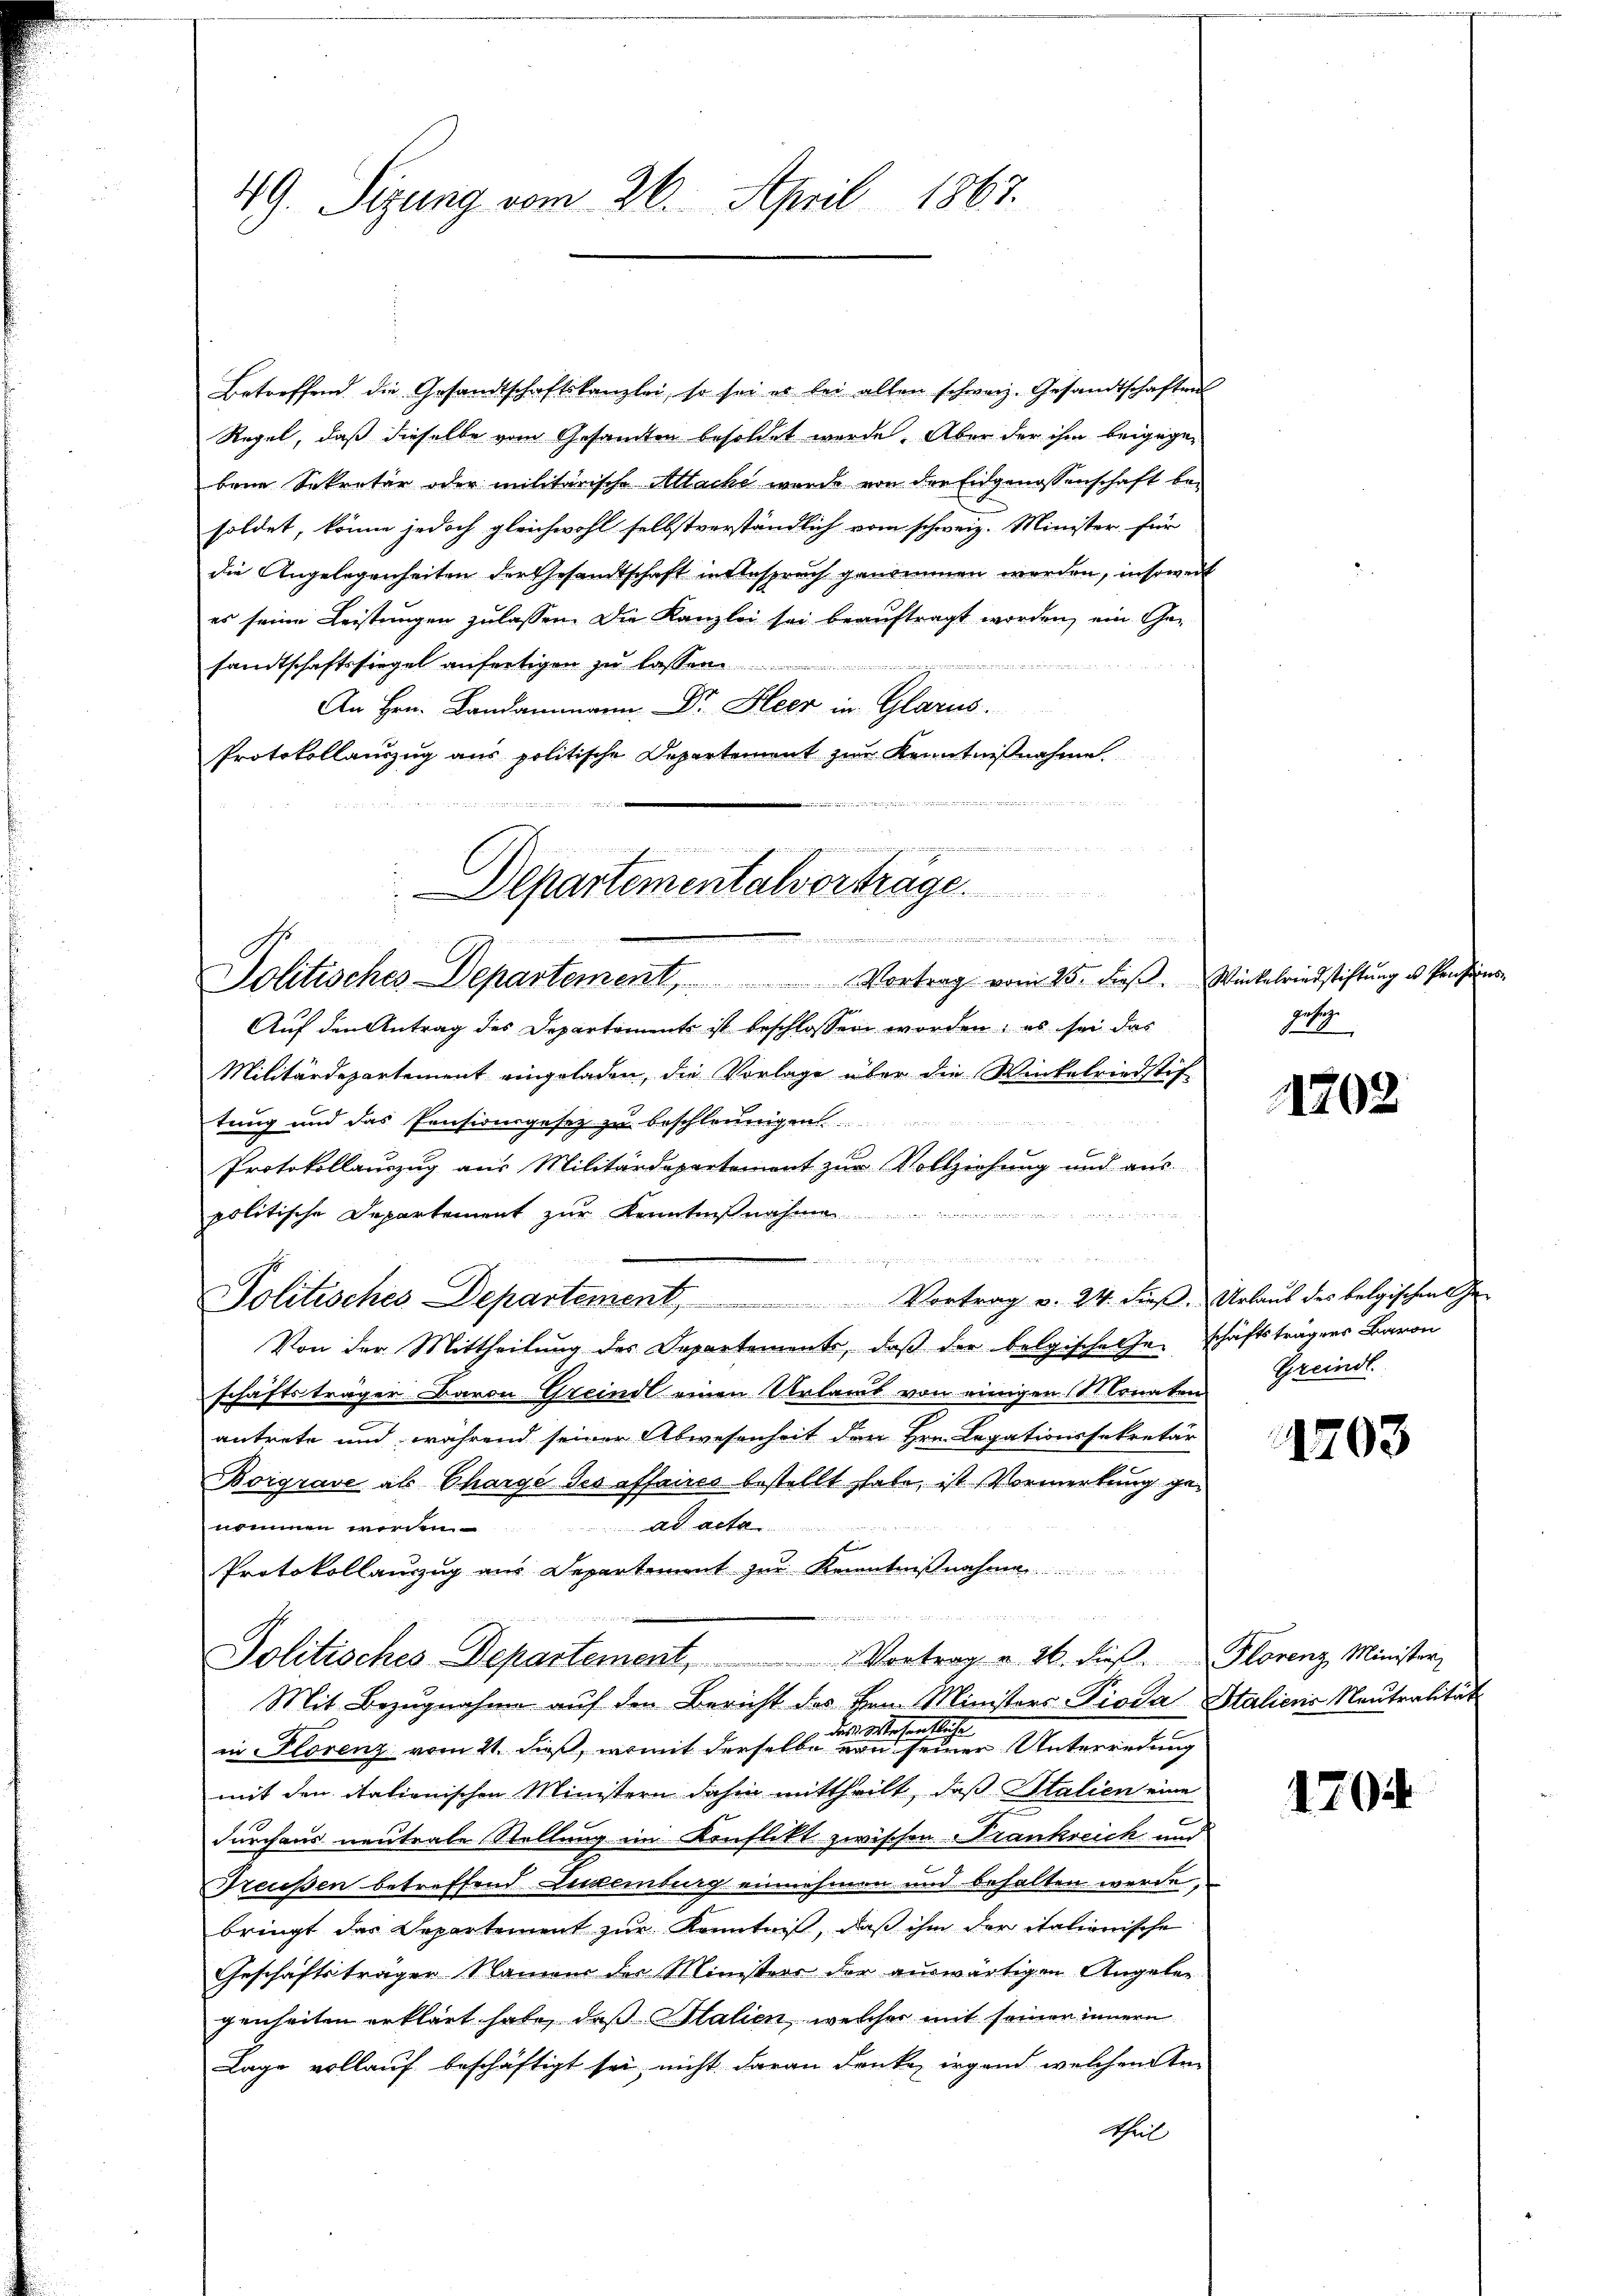
Betreffend die Gesandtschaftskanzlei, so sei es bei allen schweiz. Gesandtschaften
Regel, daß dieselbe vom Gesamten besoldet werde. Aber der ihm beigegebene Sekretär oder militärische Altache wurde von der Eidgenossenschaft besoldet, könne jedoch gleichwohl selbstverständlich vom schweiz. Minister für
die Angelegenheiten der Gesandtschaft in Anspruch genommen werden, insoweit
es seine Leistungen zulassen. Die Kanzlei sei beauftragt worden, ein Genritt einen
sandtschaftssiegel anfertigen zu lassen
An Hrn. Landammann. Dr. Heer in Glarus.
Protokollauszug aus politische Departement zur Kenntnißnahme

Departementalvortrage

Politisches Departement, Vortrag vom 25. dieβ. Winkelriedstiftŭng u. Pension

49. Seizung vom 26. April 1867.

Auf den Antrag des Departements ist beschlossen worden; es sei das
Militärdepartement eingeladen, die Vorlage über die Winkelriedstif
tung und das Pensionsgesez zu beschleunigen
Protokollauszug aus Militärdepartement zur Vollziehung und aus
teuerten hat und 2 Faden Bern u
politische Departement zur Kenntnisnahme

Politisches Departement, Vortrag u. 24. dieβ. Urlaŭb des belgischen Ge-
Von der Mittheilung des Departements, daß der belgische Geschäftsträgers Baron
schäftsträger Baron Greindl einen Urlaut von einigen Monaten Greind
antrete und während seiner Abwesenheit den Hrn. Legationssekretär
Borgrave als Chargé des affaires bestellt habe, ist Vormerkung ge¬
Ad acte
nommen werden.
3
Protokollanzug aus Departement zur Kenntnißnahme
Politisches Departement, Vortrag u. 26. dieβ. Florenz Minister
Mit Bezugnahme auf den Bericht des Hrn. Ministers-Pioda Italienis Neutralität
das Wesentliche
in Plorenz vom 21. dieß, womit derselbe von seiner Unterredung
mit den italienischen Ministern dahin mittheilt, daß Stalien eine
durchaus neutrale Stellung im Konflikt zwischen Trankreich und
Breußen betreffend Luxenburg einnehmen und behalten werde,
bringt der Departement zur Kenntniß, daß ihm der italienische
Geschäftsträger Namens der Ministers der auswärtigen Angelen
genheiten erklärt habe, daß Stalien, welcher mit seiner innern
Lage vollauf beschäftigt sei, nicht daran denke irgend welchem Antheil

gesch

1202

1203

1704